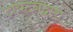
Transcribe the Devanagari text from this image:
टायटनद्वारा